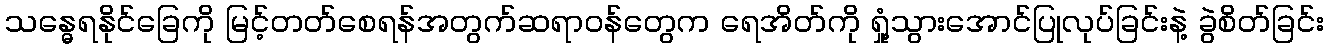
သန္ဓေရနိုင်ခြေကို မြင့်တတ်စေရန်အတွက်ဆရာဝန်တွေက ရေအိတ်ကို ရှုံ့သွားအောင်ပြုလုပ်ခြင်းနဲ့ ခွဲစိတ်ခြင်း